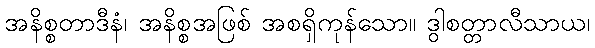
အနိစ္စတာဒီနံ၊ အနိစ္စအဖြစ် အစရှိကုန်သော။ ဒွါစတ္တာလီသာယ၊